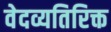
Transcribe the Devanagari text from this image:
वेदव्यतिरिक्त